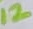
Text: 12